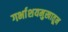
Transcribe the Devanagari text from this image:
गर्भाशयमुखातून